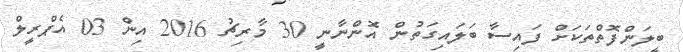
ބީލަންފޮތްތަކަށް ފައިސާ ބަލައިގަތުން އޮންނާނީ 30 މާރިޗު 2016 އިން 03 އެޕްރީލް